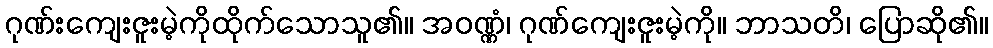
ဂုဏ်းကျေးဇူးမဲ့ကိုထိုက်သောသူ၏။ အဝဏ္ဏံ၊ ဂုဏ်ကျေးဇူးမဲ့ကို။ ဘာသတိ၊ ပြောဆို၏။